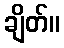
ချိတ်။